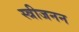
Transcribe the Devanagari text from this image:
स्त्रीजनन